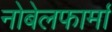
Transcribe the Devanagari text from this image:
नोबेलफार्मा